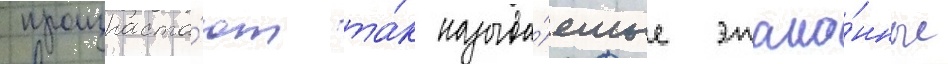
произраста́ют та́к называ́емые этало́нные